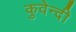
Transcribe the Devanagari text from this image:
कुवेन्दी